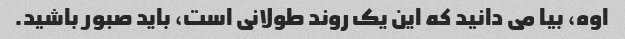
اوه، بیا می دانید که این یک روند طولانی است، باید صبور باشید.